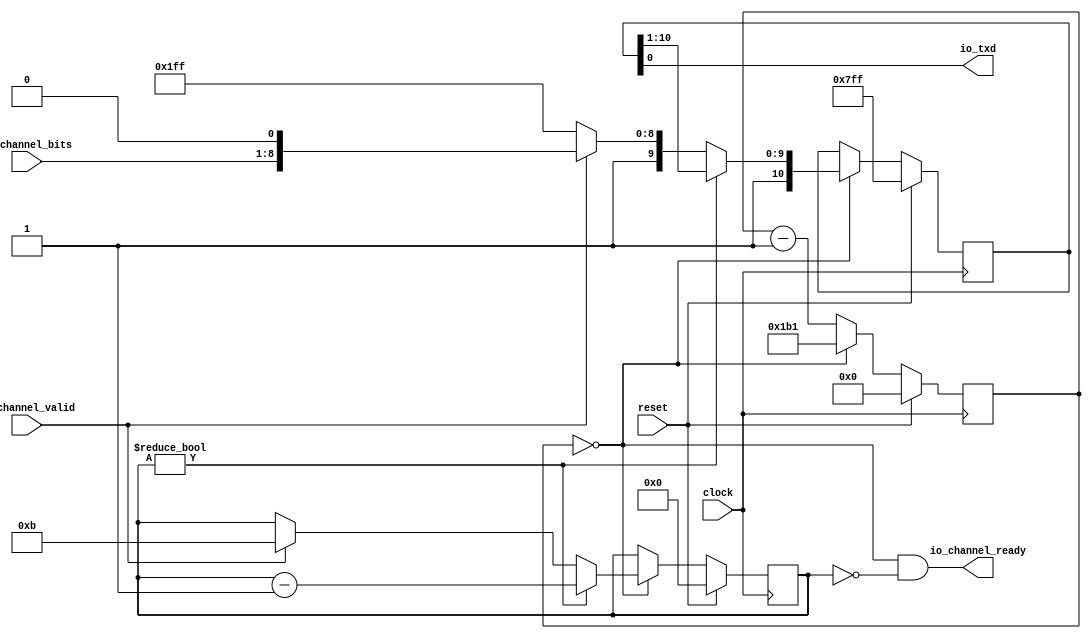
module Tx(
  input        clock,
  input        reset,
  output       io_txd,
  output       io_channel_ready,
  input        io_channel_valid,
  input  [7:0] io_channel_bits
);
`ifdef RANDOMIZE_REG_INIT
  reg [31:0] _RAND_0;
  reg [31:0] _RAND_1;
  reg [31:0] _RAND_2;
`endif // RANDOMIZE_REG_INIT
  reg [10:0] shiftReg; // @[Uart.scala 30:25]
  reg [19:0] cntReg; // @[Uart.scala 31:23]
  reg [3:0] bitsReg; // @[Uart.scala 32:24]
  wire  _T = cntReg == 20'h0; // @[Uart.scala 34:31]
  wire [9:0] lo = shiftReg[10:1]; // @[Uart.scala 41:28]
  wire [10:0] _T_7 = {1'h1,lo}; // @[Cat.scala 30:58]
  wire [3:0] _T_9 = bitsReg - 4'h1; // @[Uart.scala 43:26]
  wire [10:0] _T_10 = {2'h3,io_channel_bits,1'h0}; // @[Cat.scala 30:58]
  wire [19:0] _T_12 = cntReg - 20'h1; // @[Uart.scala 54:22]
  assign io_txd = shiftReg[0]; // @[Uart.scala 35:21]
  assign io_channel_ready = cntReg == 20'h0 & bitsReg == 4'h0; // @[Uart.scala 34:40]
  always @(posedge clock) begin
    if (reset) begin // @[Uart.scala 30:25]
      shiftReg <= 11'h7ff; // @[Uart.scala 30:25]
    end else if (_T) begin // @[Uart.scala 37:24]
      if (bitsReg != 4'h0) begin // @[Uart.scala 40:27]
        shiftReg <= _T_7; // @[Uart.scala 42:16]
      end else if (io_channel_valid) begin // @[Uart.scala 45:30]
        shiftReg <= _T_10; // @[Uart.scala 46:18]
      end else begin
        shiftReg <= 11'h7ff; // @[Uart.scala 49:18]
      end
    end
    if (reset) begin // @[Uart.scala 31:23]
      cntReg <= 20'h0; // @[Uart.scala 31:23]
    end else if (_T) begin // @[Uart.scala 37:24]
      cntReg <= 20'h1b1; // @[Uart.scala 39:12]
    end else begin
      cntReg <= _T_12; // @[Uart.scala 54:12]
    end
    if (reset) begin // @[Uart.scala 32:24]
      bitsReg <= 4'h0; // @[Uart.scala 32:24]
    end else if (_T) begin // @[Uart.scala 37:24]
      if (bitsReg != 4'h0) begin // @[Uart.scala 40:27]
        bitsReg <= _T_9; // @[Uart.scala 43:15]
      end else if (io_channel_valid) begin // @[Uart.scala 45:30]
        bitsReg <= 4'hb; // @[Uart.scala 47:17]
      end
    end
  end
// Register and memory initialization
`ifdef RANDOMIZE_GARBAGE_ASSIGN
`define RANDOMIZE
`endif
`ifdef RANDOMIZE_INVALID_ASSIGN
`define RANDOMIZE
`endif
`ifdef RANDOMIZE_REG_INIT
`define RANDOMIZE
`endif
`ifdef RANDOMIZE_MEM_INIT
`define RANDOMIZE
`endif
`ifndef RANDOM
`define RANDOM $random
`endif
`ifdef RANDOMIZE_MEM_INIT
  integer initvar;
`endif
`ifndef SYNTHESIS
`ifdef FIRRTL_BEFORE_INITIAL
`FIRRTL_BEFORE_INITIAL
`endif
initial begin
  `ifdef RANDOMIZE
    `ifdef INIT_RANDOM
      `INIT_RANDOM
    `endif
    `ifndef VERILATOR
      `ifdef RANDOMIZE_DELAY
        #`RANDOMIZE_DELAY begin end
      `else
        #0.002 begin end
      `endif
    `endif
`ifdef RANDOMIZE_REG_INIT
  _RAND_0 = {1{`RANDOM}};
  shiftReg = _RAND_0[10:0];
  _RAND_1 = {1{`RANDOM}};
  cntReg = _RAND_1[19:0];
  _RAND_2 = {1{`RANDOM}};
  bitsReg = _RAND_2[3:0];
`endif // RANDOMIZE_REG_INIT
  `endif // RANDOMIZE
end // initial
`ifdef FIRRTL_AFTER_INITIAL
`FIRRTL_AFTER_INITIAL
`endif
`endif // SYNTHESIS
endmodule
module Buffer(
  input        clock,
  input        reset,
  input        io_in_valid,
  input  [7:0] io_in_bits,
  input        io_out_ready,
  output       io_out_valid,
  output [7:0] io_out_bits
);
`ifdef RANDOMIZE_REG_INIT
  reg [31:0] _RAND_0;
  reg [31:0] _RAND_1;
`endif // RANDOMIZE_REG_INIT
  reg  stateReg; // @[Uart.scala 116:25]
  reg [7:0] dataReg; // @[Uart.scala 117:24]
  wire  _T = ~stateReg; // @[Uart.scala 119:27]
  wire  _GEN_1 = io_in_valid | stateReg; // @[Uart.scala 123:23 Uart.scala 125:16 Uart.scala 116:25]
  assign io_out_valid = stateReg; // @[Uart.scala 120:28]
  assign io_out_bits = dataReg; // @[Uart.scala 132:15]
  always @(posedge clock) begin
    if (reset) begin // @[Uart.scala 116:25]
      stateReg <= 1'h0; // @[Uart.scala 116:25]
    end else if (_T) begin // @[Uart.scala 122:28]
      stateReg <= _GEN_1;
    end else if (io_out_ready) begin // @[Uart.scala 128:24]
      stateReg <= 1'h0; // @[Uart.scala 129:16]
    end
    if (reset) begin // @[Uart.scala 117:24]
      dataReg <= 8'h0; // @[Uart.scala 117:24]
    end else if (_T) begin // @[Uart.scala 122:28]
      if (io_in_valid) begin // @[Uart.scala 123:23]
        dataReg <= io_in_bits; // @[Uart.scala 124:15]
      end
    end
  end
// Register and memory initialization
`ifdef RANDOMIZE_GARBAGE_ASSIGN
`define RANDOMIZE
`endif
`ifdef RANDOMIZE_INVALID_ASSIGN
`define RANDOMIZE
`endif
`ifdef RANDOMIZE_REG_INIT
`define RANDOMIZE
`endif
`ifdef RANDOMIZE_MEM_INIT
`define RANDOMIZE
`endif
`ifndef RANDOM
`define RANDOM $random
`endif
`ifdef RANDOMIZE_MEM_INIT
  integer initvar;
`endif
`ifndef SYNTHESIS
`ifdef FIRRTL_BEFORE_INITIAL
`FIRRTL_BEFORE_INITIAL
`endif
initial begin
  `ifdef RANDOMIZE
    `ifdef INIT_RANDOM
      `INIT_RANDOM
    `endif
    `ifndef VERILATOR
      `ifdef RANDOMIZE_DELAY
        #`RANDOMIZE_DELAY begin end
      `else
        #0.002 begin end
      `endif
    `endif
`ifdef RANDOMIZE_REG_INIT
  _RAND_0 = {1{`RANDOM}};
  stateReg = _RAND_0[0:0];
  _RAND_1 = {1{`RANDOM}};
  dataReg = _RAND_1[7:0];
`endif // RANDOMIZE_REG_INIT
  `endif // RANDOMIZE
end // initial
`ifdef FIRRTL_AFTER_INITIAL
`FIRRTL_AFTER_INITIAL
`endif
`endif // SYNTHESIS
endmodule
module BufferedTx(
  input        clock,
  input        reset,
  output       io_txd,
  input        io_channel_valid,
  input  [7:0] io_channel_bits
);
  wire  tx_clock; // @[Uart.scala 143:18]
  wire  tx_reset; // @[Uart.scala 143:18]
  wire  tx_io_txd; // @[Uart.scala 143:18]
  wire  tx_io_channel_ready; // @[Uart.scala 143:18]
  wire  tx_io_channel_valid; // @[Uart.scala 143:18]
  wire [7:0] tx_io_channel_bits; // @[Uart.scala 143:18]
  wire  buf__clock; // @[Uart.scala 144:19]
  wire  buf__reset; // @[Uart.scala 144:19]
  wire  buf__io_in_valid; // @[Uart.scala 144:19]
  wire [7:0] buf__io_in_bits; // @[Uart.scala 144:19]
  wire  buf__io_out_ready; // @[Uart.scala 144:19]
  wire  buf__io_out_valid; // @[Uart.scala 144:19]
  wire [7:0] buf__io_out_bits; // @[Uart.scala 144:19]
  Tx tx ( // @[Uart.scala 143:18]
    .clock(tx_clock),
    .reset(tx_reset),
    .io_txd(tx_io_txd),
    .io_channel_ready(tx_io_channel_ready),
    .io_channel_valid(tx_io_channel_valid),
    .io_channel_bits(tx_io_channel_bits)
  );
  Buffer buf_ ( // @[Uart.scala 144:19]
    .clock(buf__clock),
    .reset(buf__reset),
    .io_in_valid(buf__io_in_valid),
    .io_in_bits(buf__io_in_bits),
    .io_out_ready(buf__io_out_ready),
    .io_out_valid(buf__io_out_valid),
    .io_out_bits(buf__io_out_bits)
  );
  assign io_txd = tx_io_txd; // @[Uart.scala 148:10]
  assign tx_clock = clock;
  assign tx_reset = reset;
  assign tx_io_channel_valid = buf__io_out_valid; // @[Uart.scala 147:17]
  assign tx_io_channel_bits = buf__io_out_bits; // @[Uart.scala 147:17]
  assign buf__clock = clock;
  assign buf__reset = reset;
  assign buf__io_in_valid = io_channel_valid; // @[Uart.scala 146:13]
  assign buf__io_in_bits = io_channel_bits; // @[Uart.scala 146:13]
  assign buf__io_out_ready = tx_io_channel_ready; // @[Uart.scala 147:17]
endmodule
module UartBlink(
  input   clock,
  input   reset,
  output  io_ledg0,
  output  io_txd
);
`ifdef RANDOMIZE_REG_INIT
  reg [31:0] _RAND_0;
  reg [31:0] _RAND_1;
`endif // RANDOMIZE_REG_INIT
  wire  tx_clock; // @[UartBlink.scala 13:18]
  wire  tx_reset; // @[UartBlink.scala 13:18]
  wire  tx_io_txd; // @[UartBlink.scala 13:18]
  wire  tx_io_channel_valid; // @[UartBlink.scala 13:18]
  wire [7:0] tx_io_channel_bits; // @[UartBlink.scala 13:18]
  reg [31:0] cntReg; // @[UartBlink.scala 17:23]
  reg  blkReg; // @[UartBlink.scala 18:23]
  wire [31:0] _T_1 = cntReg + 32'h1; // @[UartBlink.scala 20:20]
  wire [7:0] _GEN_0 = blkReg ? 8'h30 : 8'h31; // @[UartBlink.scala 26:23 UartBlink.scala 27:25 UartBlink.scala 29:25]
  BufferedTx tx ( // @[UartBlink.scala 13:18]
    .clock(tx_clock),
    .reset(tx_reset),
    .io_txd(tx_io_txd),
    .io_channel_valid(tx_io_channel_valid),
    .io_channel_bits(tx_io_channel_bits)
  );
  assign io_ledg0 = blkReg; // @[UartBlink.scala 35:12]
  assign io_txd = tx_io_txd; // @[UartBlink.scala 36:10]
  assign tx_clock = clock;
  assign tx_reset = reset;
  assign tx_io_channel_valid = cntReg == 32'h17d783f; // @[UartBlink.scala 22:15]
  assign tx_io_channel_bits = cntReg == 32'h17d783f ? _GEN_0 : 8'h0; // @[UartBlink.scala 22:28 UartBlink.scala 33:23]
  always @(posedge clock) begin
    if (reset) begin // @[UartBlink.scala 17:23]
      cntReg <= 32'h0; // @[UartBlink.scala 17:23]
    end else if (cntReg == 32'h17d783f) begin // @[UartBlink.scala 22:28]
      cntReg <= 32'h0; // @[UartBlink.scala 23:12]
    end else begin
      cntReg <= _T_1; // @[UartBlink.scala 20:10]
    end
    if (reset) begin // @[UartBlink.scala 18:23]
      blkReg <= 1'h0; // @[UartBlink.scala 18:23]
    end else if (cntReg == 32'h17d783f) begin // @[UartBlink.scala 22:28]
      blkReg <= ~blkReg; // @[UartBlink.scala 24:12]
    end
  end
// Register and memory initialization
`ifdef RANDOMIZE_GARBAGE_ASSIGN
`define RANDOMIZE
`endif
`ifdef RANDOMIZE_INVALID_ASSIGN
`define RANDOMIZE
`endif
`ifdef RANDOMIZE_REG_INIT
`define RANDOMIZE
`endif
`ifdef RANDOMIZE_MEM_INIT
`define RANDOMIZE
`endif
`ifndef RANDOM
`define RANDOM $random
`endif
`ifdef RANDOMIZE_MEM_INIT
  integer initvar;
`endif
`ifndef SYNTHESIS
`ifdef FIRRTL_BEFORE_INITIAL
`FIRRTL_BEFORE_INITIAL
`endif
initial begin
  `ifdef RANDOMIZE
    `ifdef INIT_RANDOM
      `INIT_RANDOM
    `endif
    `ifndef VERILATOR
      `ifdef RANDOMIZE_DELAY
        #`RANDOMIZE_DELAY begin end
      `else
        #0.002 begin end
      `endif
    `endif
`ifdef RANDOMIZE_REG_INIT
  _RAND_0 = {1{`RANDOM}};
  cntReg = _RAND_0[31:0];
  _RAND_1 = {1{`RANDOM}};
  blkReg = _RAND_1[0:0];
`endif // RANDOMIZE_REG_INIT
  `endif // RANDOMIZE
end // initial
`ifdef FIRRTL_AFTER_INITIAL
`FIRRTL_AFTER_INITIAL
`endif
`endif // SYNTHESIS
endmodule